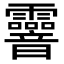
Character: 𩇄